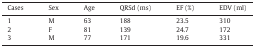
| Cases | Sex | Age | QRSd (ms) | EF (%) | EDV (ml) |
 | --- | --- | --- | --- | --- | --- |
 | 1 | M | 63 | 188 | 23.5 | 310 |
 | 2 | F | 81 | 139 | 24.7 | 172 |
 | 3 | M | 77 | 171 | 19.6 | 331 |